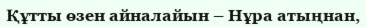
Құтты өзен айналайын – Нұра атыңнан,